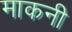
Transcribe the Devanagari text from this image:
माकनी